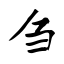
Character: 刍